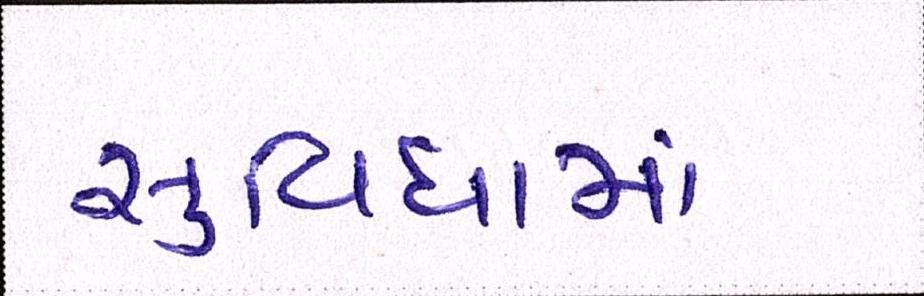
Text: સુવિધામાં